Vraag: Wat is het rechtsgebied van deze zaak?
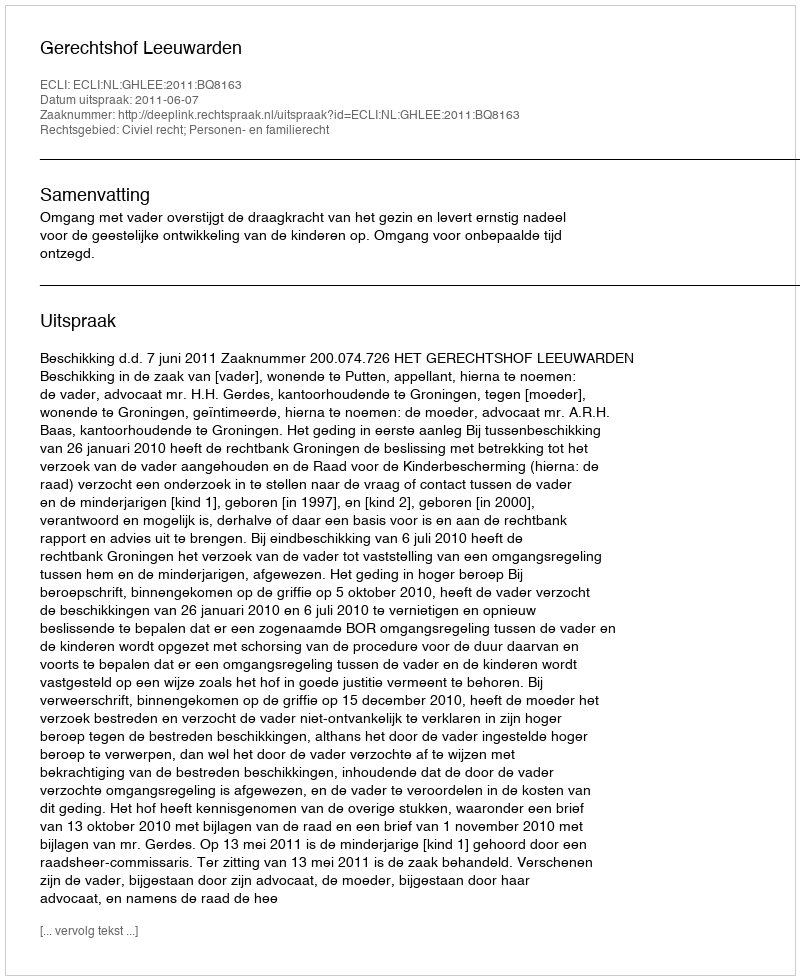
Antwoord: Civiel recht; Personen- en familierecht